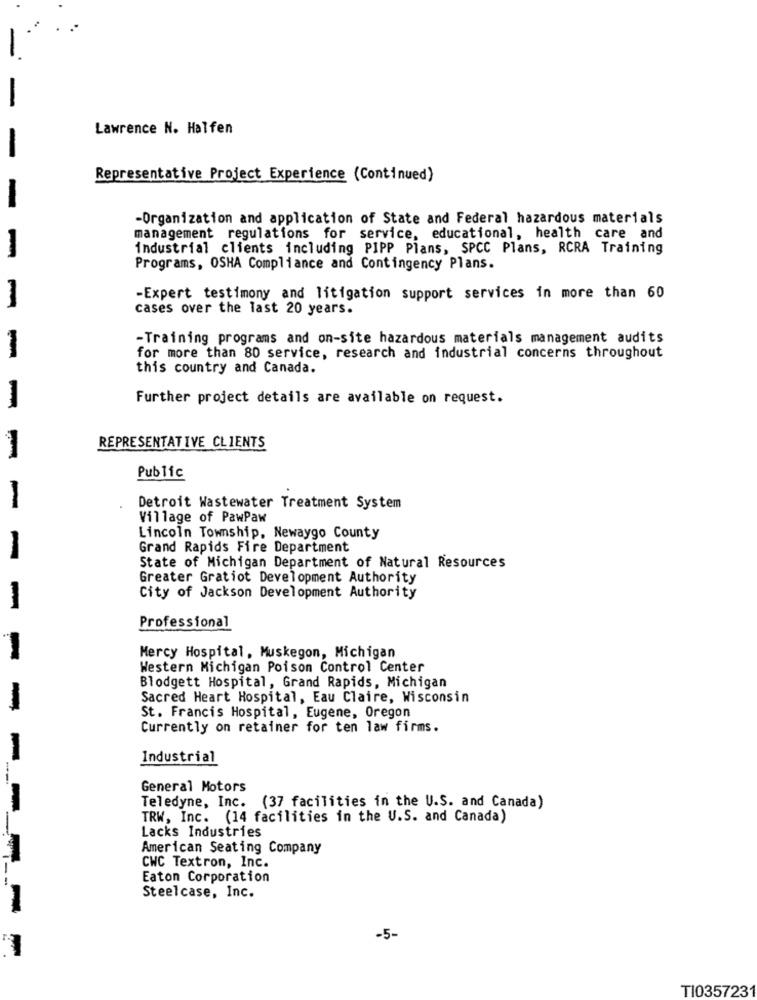
Lawrence N. Halfen
Representative Project Experience (Continued)
-Organization and application of State and Federal hazardous materials
management regulations for service, educational, health care and
industrial clients including PIPP Plans, SPCC Plans, RCRA Training
Programs, OSHA Compliance and Contingency Plans.
-Expert testimony and litigation support services in more than 60
cases over the last 20 years.
-Training programs and on-site hazardous materials management audits
-
for more than 80 service, research and industrial concerns throughout
this country and Canada.
Further project details are available on request.
-
REPRESENTATIVE CLIENTS
Public
-
Detroit Wastewater Treatment System
Village of PawPaw
Lincoln Township, Newaygo County
Grand Rapids Fire Department
-
State of Michigan Department of Natural Resources
Greater Gratiot Development Authority
City of Jackson Development Authority
-
Professional
-
Mercy Hospital, Muskegon, Michigan
Western Michigan Poison Control Center
Blodgett Hospital, Grand Rapids, Michigan
Sacred Heart Hospital, Eau Claire, Wisconsin
-
St. Francis Hospital, Eugene, Oregon
Currently on retainer for ten law firms.
Industrial
--
General Motors
Teledyne, Inc. (37 facilities in the U.S. and Canada)
TRW, Inc. (14 facilities in the U.S. and Canada)
Lacks Industries
American Seating Company
CWC Textron, Inc.
Eaton Corporation
Steelcase, Inc.
-5-
TI035723